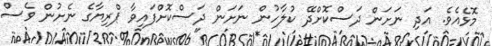
މޮޅެއެވެ. އަދި ނަށަން ދަސްކޮށްދޭ ކުލާހުން ނަށަން ދަސްކޮށްފައިވާ ޕްރިޔާގެ ނެށުން ވެސް